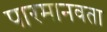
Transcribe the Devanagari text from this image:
पारमानवता